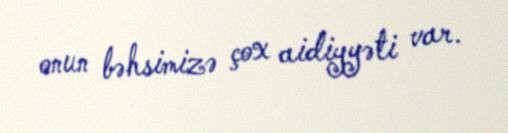
onun bəhsimizə çox aidiyyəti var.